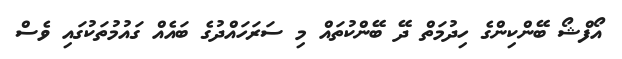
އޯފްޝޯ ބޭންކިންގެ ހިދުމަތް ދޭ ބޭންކުތައް މި ސަރަހައްދުގެ ބައެއް ގައުމުތަކުގައި ވެސް